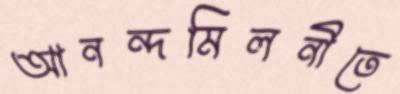
আনন্দমিলনীতে